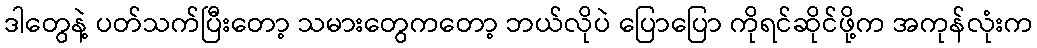
ဒါတွေနဲ့ ပတ်သက်ပြီးတော့ သမားတွေကတော့ ဘယ်လိုပဲ ပြောပြော ကိုရင်ဆိုင်ဖို့က အကုန်လုံးက